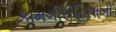
કામગીરીહિસાબી